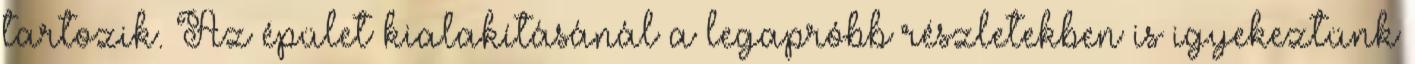
tartozik. Az épület kialakításánál a legapróbb részletekben is igyekeztünk